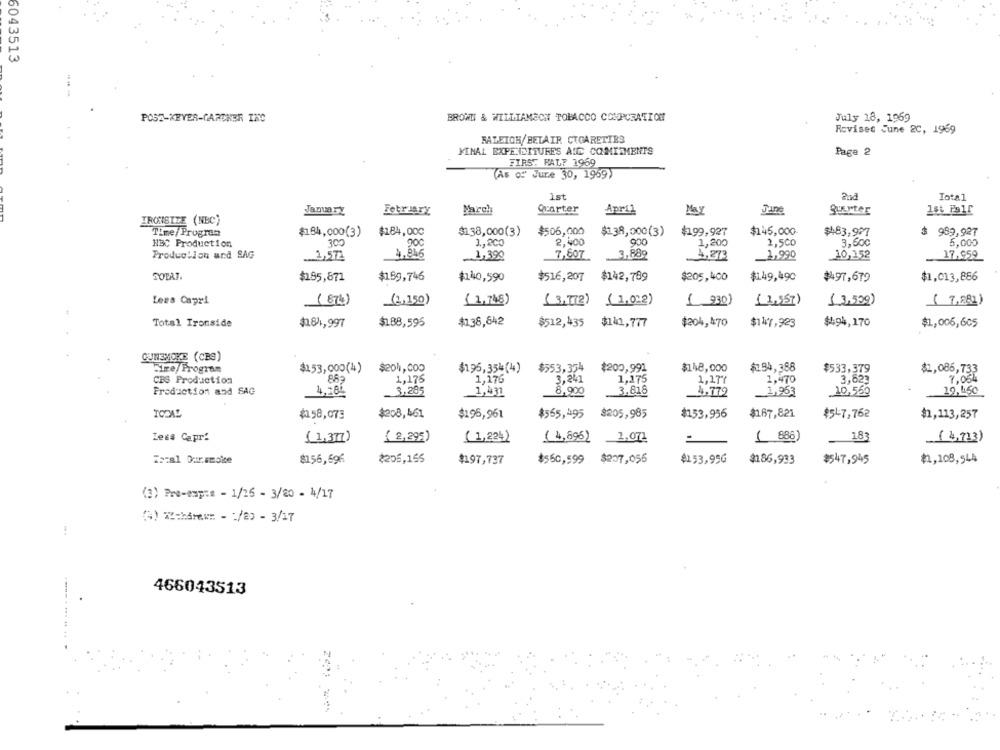
6043513
---
POST-KEVER-GARTNER INC
BROWN & WILLIAMECH TOBACCO CORPORATION
July 18, 1969
Rovises June 2C, 1969
RALEIGH/BELAIR CIGARETTES
YINAL EXPENDITURES AIC COMITMENTS
Page 2
FIRST FALT 1969
(As of Jure 30, 1969)
ist
Total
January
March
Quarter
April
June
Quarter
February
IRONSIZE (NBC)
Time/Program
$184,000(3)
$184,000
$1.38,000(3)
$506,000
$138,000(3)
¥199,927
$145,000-
$483,927
$ 989,927
2,400
NBC Production
300
1 ., 2c
900
1,200
2,500
3,500
5,000
Production und SAG
1,390
7,607
3,889
4,273
_1,990
17.959
1,5Th
4,846
10,152
SOTAT.
$185,871
$189,746
$516,207
$142,789
$205,400
$149,490
$1,013,886
$140,590
$497,679
Less Capri
( 1,748)
(1,022)
(874)
(2,150)
( 3,72)
( 930)
(2,557)
(3,509)
( 7,881)
Total Ironside
$188,595
$138,642
$512, 435
$140, 77
$204,470
$147,923
$494,170
$1,006,605
$184,997
CUMEMOKE (CBS)
Sie/ Progres
$195,354(4)
$553,354
$200,991
$148,000
$294,388
$153,000(4) $204,000
$533,379
$1,086,733
CBS Production
1,175
1,176
3,241
1,175
1,177
1,470
3,623
7.054
Production and SAG
3,285
1,437
3.818
4.772
1,963
10, 450
4,284
8.000
10,550
£158,073
$208,461
$196,961
$555,495
$205,985
$153,956
$167,821
$547,762
$1,113,257
Less Capri
( 1,377)
( 2,295)
( 1,224)
( 4,896) 1,072
( 886)
(4,733)
Tozal Our.smoke
$156,696
$205,165
$197,737
$$60,599 $207,056
$153,95G
$186,933
$547,945
₺,108,544
(3) Pre-expre - 1/25 - 3/20 - 4/17
(3) % ==== - = /2) - 3/17
466043513
----. ... .. ..